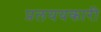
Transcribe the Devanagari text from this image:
प्रलययकारी